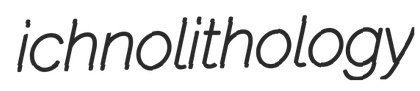
ichnolithology